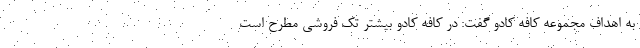
به اهداف مجموعه کافه کادو گفت: در کافه کادو بیشتر تک فروشی مطرح است